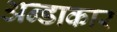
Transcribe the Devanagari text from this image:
अन्डाकार